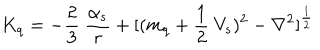
LaTeX: K _ { q } = - \frac { 2 } { 3 } ~ \frac { \alpha _ { s } } { r } + [ ( m _ { q } + \frac { 1 } { 2 } ~ V _ { s } ) ^ { 2 } - \nabla ^ { 2 } ] ^ { \frac { 1 } { 2 } } \nonumber